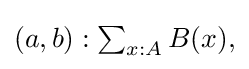
{\textstyle (a,b):\sum _{x:A}B(x),}